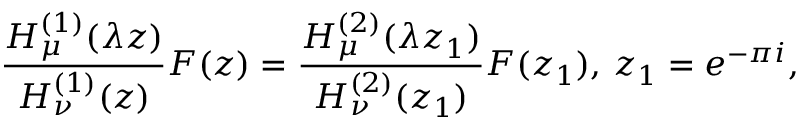
\frac { H _ { \mu } ^ { ( 1 ) } ( \lambda z ) } { H _ { \nu } ^ { ( 1 ) } ( z ) } F ( z ) = \frac { H _ { \mu } ^ { ( 2 ) } ( \lambda z _ { 1 } ) } { H _ { \nu } ^ { ( 2 ) } ( z _ { 1 } ) } F ( z _ { 1 } ) , \, z _ { 1 } = e ^ { - \pi i } ,